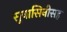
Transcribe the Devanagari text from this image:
सुवासिनीसह